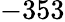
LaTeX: -353